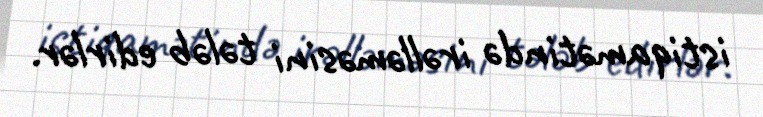
istiqamətində irəlləməsini tələb edirlər.